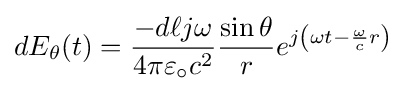
dE_{\theta }(t)={-d\ell j\omega  \over 4\pi \varepsilon _{\circ }c^{2}}{\sin \theta  \over r}e^{j\left(\omega t-{\omega  \over c}r\right)}